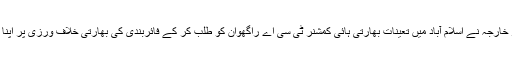
جمعہ کو ہی پاکستانی دفتر خارجہ نے اسلام آباد میں تعینات بھارتی ہائی کمشنر ٹی سی اے راگھوان کو طلب کر کے فائربندی کی بھارتی خلاف ورزی پر اپنا احتجاج ریکارڈ کروایا تھا۔